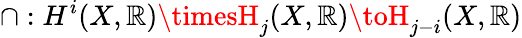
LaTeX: \cap:H^{i}(X,\mathbb{R})\timesH_{j}(X,\mathbb{R})\toH_{j-i}(X,\mathbb{R})